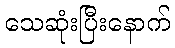
သေဆုံးပြီးနောက်